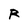
Character: R